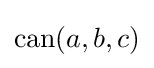
\mathrm {can} (a,b,c)